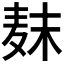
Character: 𱋊